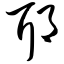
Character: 耶